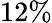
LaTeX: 12\%